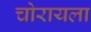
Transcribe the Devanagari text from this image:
चोरायला